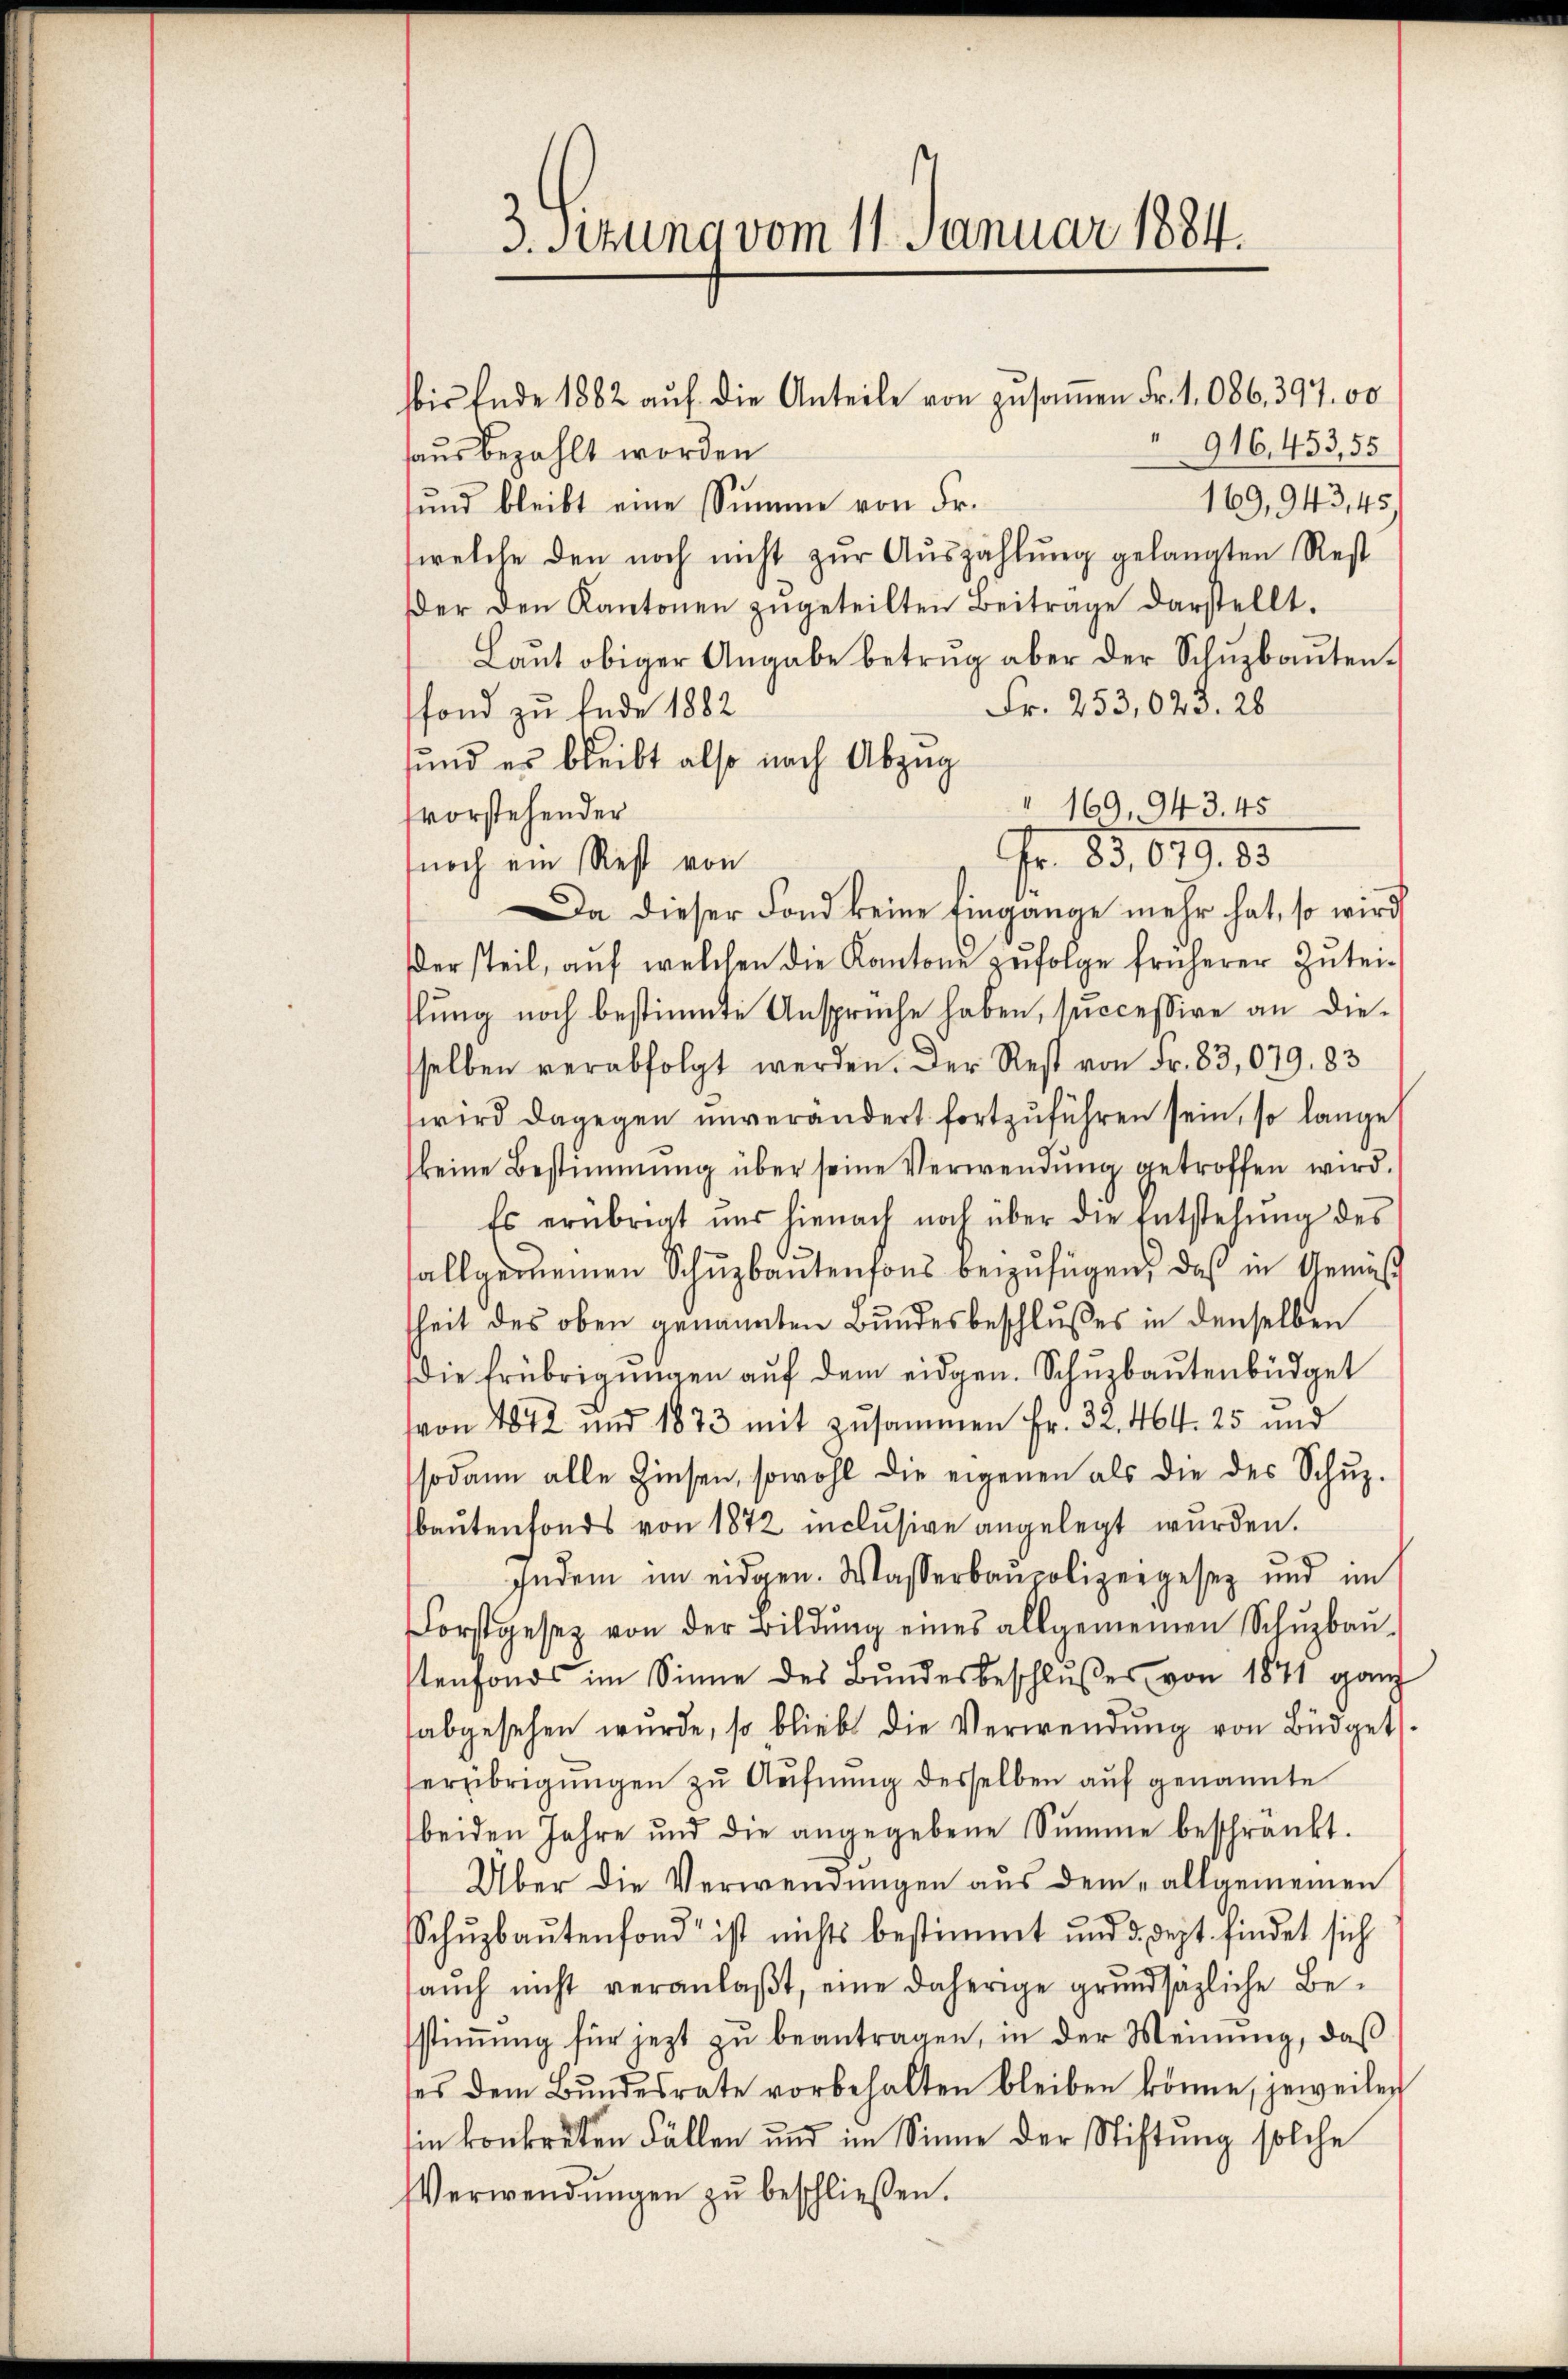
3. Setzung vom 11. Januar 1884.

916,453,55
haus bezahlt worden.
169,943,45.
sŭnd bleibt eine Summe von Fr.
welche den noch nicht zŭr Aŭszahlŭng gelangten Rest
Der den Kantonen zugeteilten Beitrage darstellt.
Laŭt obiger Angabe betrug aber der Schŭzbaŭten.
Fr. 253,020. 28
fond zu Ende 1882
sund es bleibt also nach Abzug
" 169, 943. 45
svorstehender
Fr. 55, 699. 65
noch ein Rest von
Da dieser Fond keine Eingange mehr hat, so wird
der steil, aŭf welchen die Kantone zŭfolge früherer Zutei-
lung noch bestimmte Anspruche haben, successive an dieselben verabfolgt werden. Der Rest von Fr. 83,079. 83
wird dagegen unverändert fortzuführen sein, so lange
keine Bestimmung über seine Verwendung getroffen wird.
Es erübrigt uns hienach noch über die Entstehung des
allgemeinen Schuzbantensons beizufügen, daß in Gemäß
heit des oben genannten Bundesbeschlußes in denselben
die Erübrigungen auf dem eidgen. Schuzbautenbüdget
von 1842 und 1873 mit zusammen Fr. 32. 464. 25 und
sodann alle Zinsen, sowohl die eigenen als die des Schuz-
baŭtenfonds von 1872 inclusive angelegt wurden.
Indem im eidgen. Wasserbaupolizeigesez und im
Forstgesetz von der Bildung eines allgemeinen Schuzbau-
stenfonds im Sinne des Bŭndesbeschlußes von 1841 ganz
abgesehen wurde, so bliebt die Verwendŭng von Büdgets
erübrigungen zu Aufnung desselben auf genannte
beiden Jahre und die angegebene Summe beschränkt.
Über die Verwendungen aus dem „allgemeinen
Schŭzbaŭtenfond ist nichts bestimmt und d. Sept. findet sich
aŭch nicht veranlaβt, eine daherige grŭndsazliche Be-
stimmung für jezt zu beantragen, in der Meinung, daß
ses dem Bŭndesrate vorbehalten bleiben könne, jeweilen
sin konkreten Fällen und im Sinne der Stiftung solche
Verwendŭngen zŭ beschliessen.

bis Ende 1882 auf die Anteile von zusammen Fr. 1,086, 397. 00